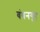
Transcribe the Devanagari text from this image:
बंधनगृह